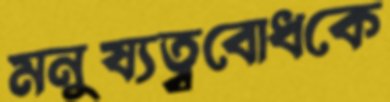
মনুষ্যত্ববোধকে